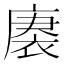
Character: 𮖒